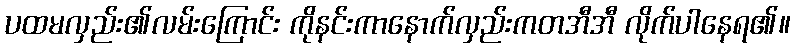
ပထမလှည်း၏လမ်းကြောင်း ကိုနင်းကာနောက်လှည်းကတအီအီ လိုက်ပါနေရ၏။